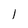
Character: 1